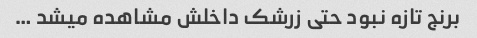
برنج تازه نبود حتی زرشک داخلش مشاهده میشد …